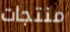
منتجات